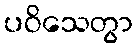
ပဝိသေတွာ